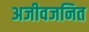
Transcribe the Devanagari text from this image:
अजीवजनित